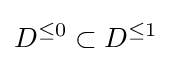
D^{\leq 0}\subset D^{\leq 1}